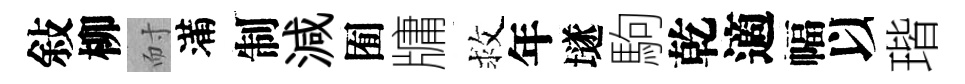
敍柳耐滿制減囿牗救年𡑞駒乾適幅以瑎